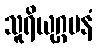
သူရိယုဂ္ဂမနံ